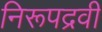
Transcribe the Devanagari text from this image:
निरूपद्रवी